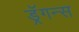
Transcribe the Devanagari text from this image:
ड्रॅगन्स